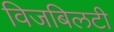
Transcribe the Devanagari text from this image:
विजबिलटी